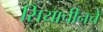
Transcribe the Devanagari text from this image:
सियाचीनचे